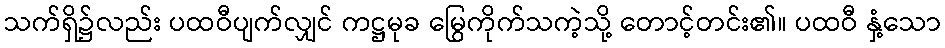
သက်ရှိ၌လည်း ပထဝီပျက်လျှင် ကဋ္ဌမုခ မြွေကိုက်သကဲ့သို့ တောင့်တင်း၏။ ပထဝီ နှံ့သော